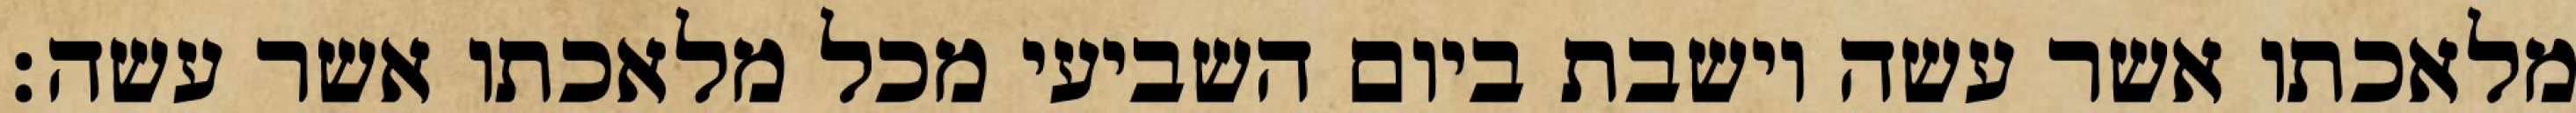
מלאכתו אשר עשה וישבת ביום השביעי מכל מלאכתו אשר עשה׃